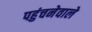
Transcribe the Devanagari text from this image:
पहुंचनेवाले